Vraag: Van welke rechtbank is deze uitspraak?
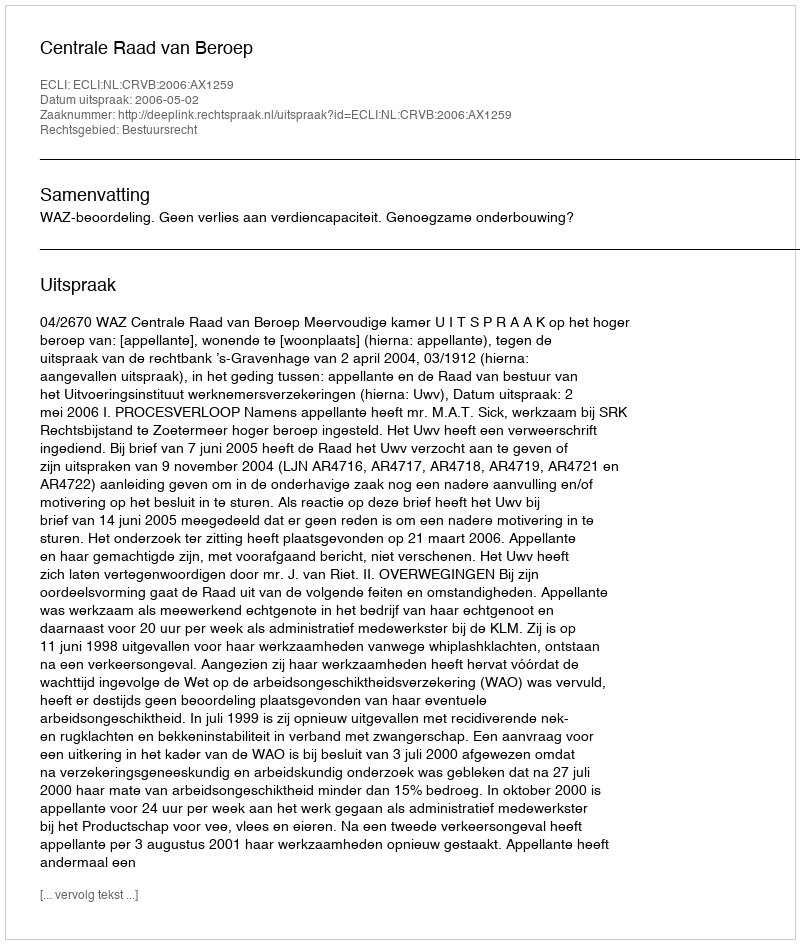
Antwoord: Centrale Raad van Beroep